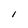
Character: I